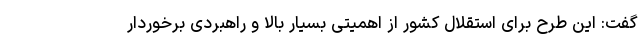
گفت: این طرح برای استقلال کشور از اهمیتی بسیار بالا و راهبردی برخوردار